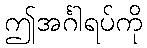
ဤအင်္ဂါရပ်ကို